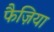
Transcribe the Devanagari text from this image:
फैज़िया